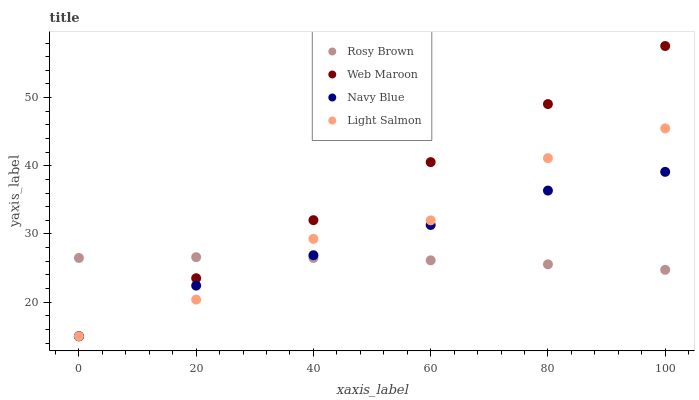
| xaxis_label | Rosy Brown | Web Maroon | Navy Blue | Light Salmon |
 | --- | --- | --- | --- | --- |
 | 0 | 26.5 | 15 | 15 | 15 |
 | 20 | 26.6 | 23.5 | 22.4 | 20.4 |
 | 40 | 26.5 | 32 | 26.9 | 29.3 |
 | 60 | 26.1 | 40.5 | 31.3 | 32 |
 | 80 | 25.6 | 49.1 | 36.4 | 41.1 |
 | 100 | 24.7 | 57.6 | 39.1 | 45.5 |